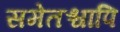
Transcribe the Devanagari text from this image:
समेतश्चापि